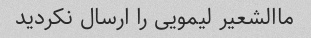
ماالشعیر لیمویی را ارسال نکردید